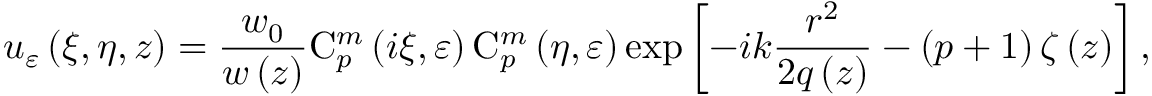
u _ { \varepsilon } \left( \xi , \eta , z \right) = { \frac { w _ { 0 } } { w \left( z \right) } } \mathrm { C } _ { p } ^ { m } \left( i \xi , \varepsilon \right) \mathrm { C } _ { p } ^ { m } \left( \eta , \varepsilon \right) \exp \left[ - i k { \frac { r ^ { 2 } } { 2 q \left( z \right) } } - \left( p + 1 \right) \zeta \left( z \right) \right] ,